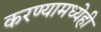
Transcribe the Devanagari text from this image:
करण्यामध्येही